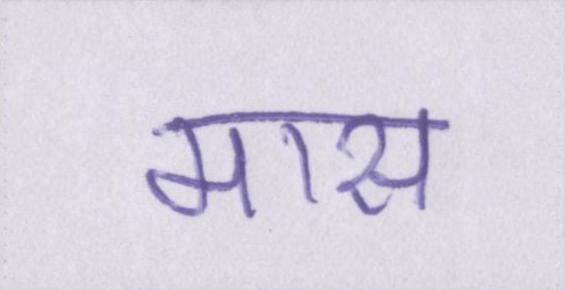
मास